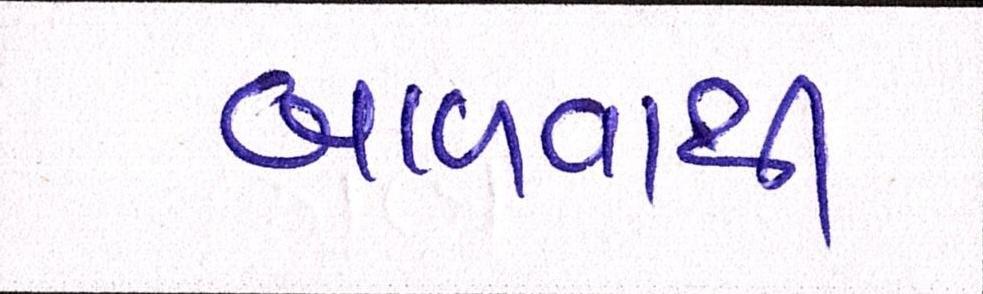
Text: બાવળાથી